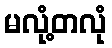
မလုံ့တလုံ